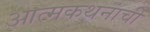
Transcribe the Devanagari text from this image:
आत्मकथनांची